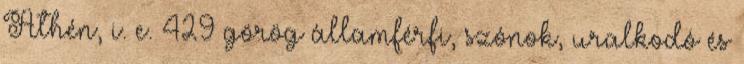
Athén, i. e. 429 görög államférfi, szónok, uralkodó és